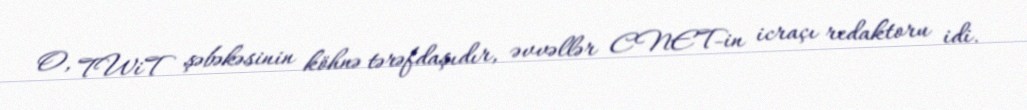
O, TWiT şəbəkəsinin köhnə tərəfdaşıdır, əvvəllər CNET-in icraçı redaktoru idi.